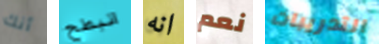
أنك انبطح انه نعم التدريبات